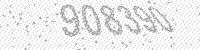
Solution: 908390